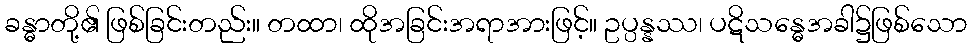
ခန္ဓာတို့၏ ဖြစ်ခြင်းတည်း။ တထာ၊ ထိုအခြင်းအရာအားဖြင့်။ ဥပ္ပန္နဿ၊ ပဋိသန္ဓေအခါ၌ဖြစ်သော